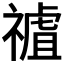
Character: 𥛜